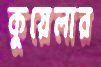
কুয়েলার